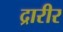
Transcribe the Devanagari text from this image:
द्रारीर